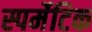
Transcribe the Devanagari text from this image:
स्पर्मेटिक